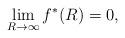
LaTeX: \begin{align*}\lim_{R\to\infty}f^*(R)=0, \end{align*}